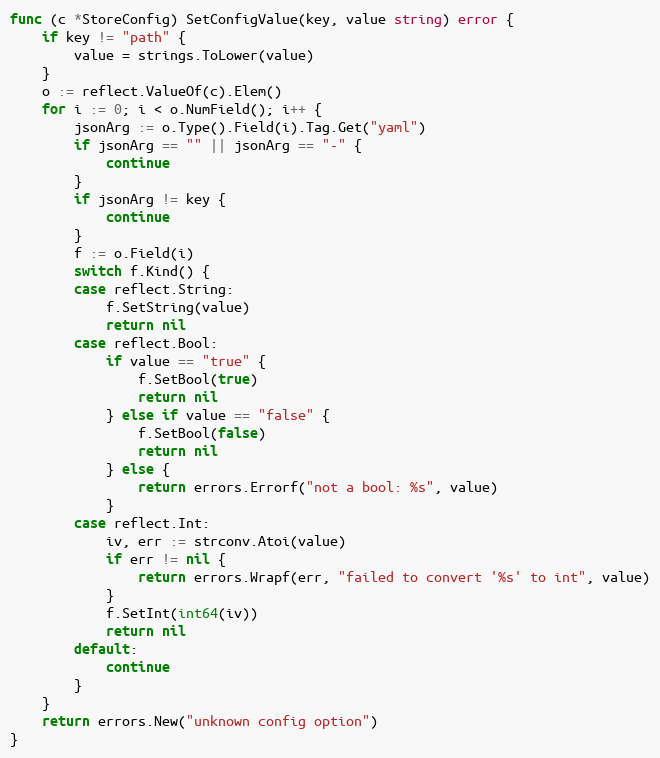
Language: Go
func (c *StoreConfig) SetConfigValue(key, value string) error {
	if key != "path" {
		value = strings.ToLower(value)
	}
	o := reflect.ValueOf(c).Elem()
	for i := 0; i < o.NumField(); i++ {
		jsonArg := o.Type().Field(i).Tag.Get("yaml")
		if jsonArg == "" || jsonArg == "-" {
			continue
		}
		if jsonArg != key {
			continue
		}
		f := o.Field(i)
		switch f.Kind() {
		case reflect.String:
			f.SetString(value)
			return nil
		case reflect.Bool:
			if value == "true" {
				f.SetBool(true)
				return nil
			} else if value == "false" {
				f.SetBool(false)
				return nil
			} else {
				return errors.Errorf("not a bool: %s", value)
			}
		case reflect.Int:
			iv, err := strconv.Atoi(value)
			if err != nil {
				return errors.Wrapf(err, "failed to convert '%s' to int", value)
			}
			f.SetInt(int64(iv))
			return nil
		default:
			continue
		}
	}
	return errors.New("unknown config option")
}